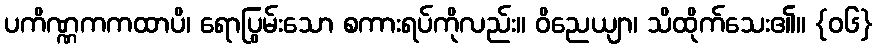
ပကိဏ္ဏကကထာပိ၊ ရောပြွမ်းသော စကားရပ်ကိုလည်း။ ဝိညေယျာ၊ သိထိုက်သေး၏။ {၀၆}